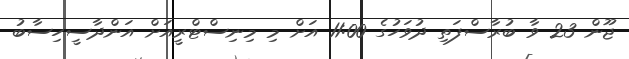
ޖޫން 23 ވާ ބުރާސްފަތި ދުވަހުގެ 11:00 އަށް މި މިނިސްޓްރީއަށް އަންދާސީހިސާބު